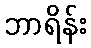
ဘာရိန်း